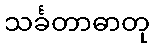
သင်္ခတာဓာတု